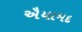
ઐયામદ